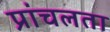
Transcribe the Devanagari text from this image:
प्रांचलता